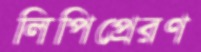
লিপিপ্রেরণ